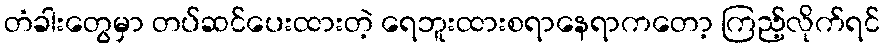
တံခါးတွေမှာ တပ်ဆင်ပေးထားတဲ့ ရေဘူးထားစရာနေရာကတော့ ကြည့်လိုက်ရင်